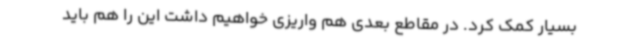
بسیار کمک کرد. در مقاطع بعدی هم واریزی خواهیم داشت این را هم باید